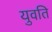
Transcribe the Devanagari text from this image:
युवति